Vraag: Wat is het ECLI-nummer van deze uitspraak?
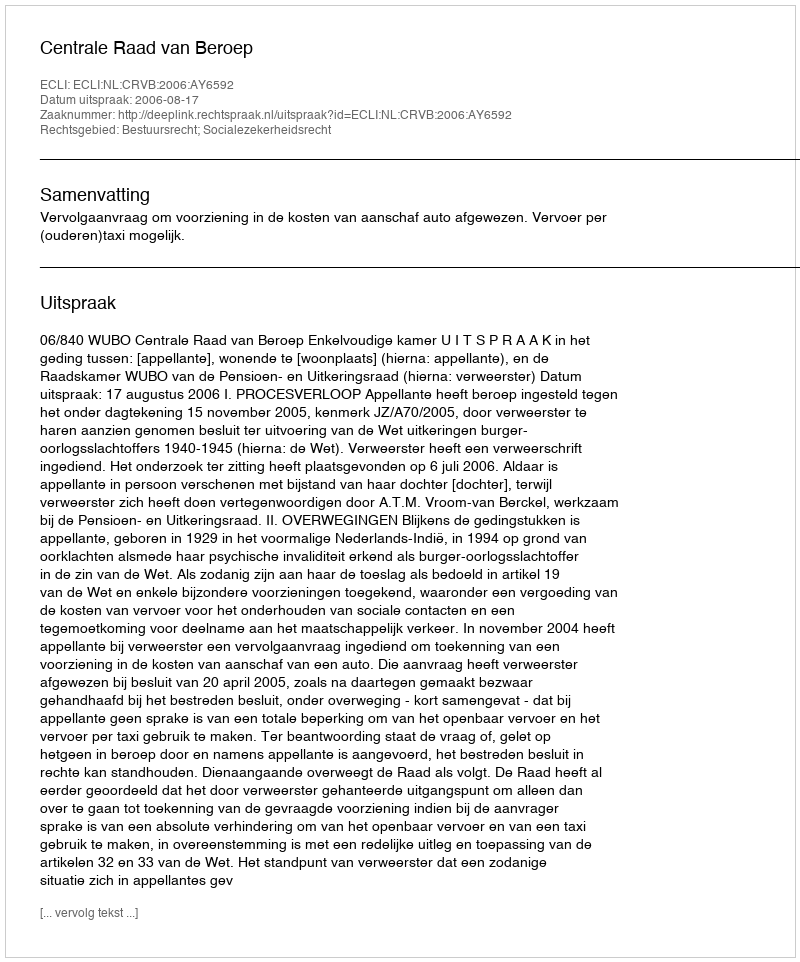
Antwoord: ECLI:NL:CRVB:2006:AY6592